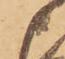
さ